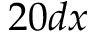
2 0 d x